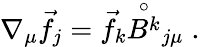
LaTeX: \nabla_{\mu}\vec{f}_{j}=\vec{f}_{k}\stackrel{\circ}{B^{k}}_{j\mu}\; .